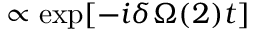
\propto \exp [ - i \delta \Omega ( 2 ) t ]